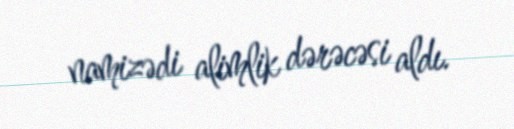
namizədi alimlik dərəcəsi aldı.